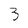
Character: 3